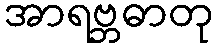
အာရဗ္ဘဓာတု